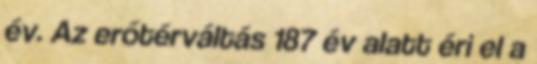
év. Az erőtérváltás 187 év alatt éri el a